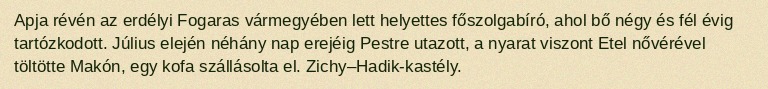
Apja révén az erdélyi Fogaras vármegyében lett helyettes főszolgabíró, ahol bő négy és fél évig tartózkodott. Július elején néhány nap erejéig Pestre utazott, a nyarat viszont Etel nővérével töltötte Makón, egy kofa szállásolta el. Zichy–Hadik-kastély.